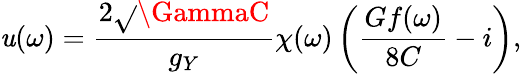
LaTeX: \mathit{u}(\omega)=\frac{{2\sqrt{}{{\GammaC}}}}{{g_{Y}}}\chi(\omega)\left(\frac{{Gf(\omega)}}{{8C}}-i\right),